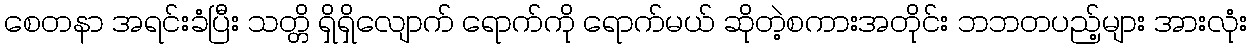
စေတနာ အရင်းခံပြီး သတ္တိ ရှိရှိလျောက် ရောက်ကို ရောက်မယ် ဆိုတဲ့စကားအတိုင်း ဘဘတပည့်များ အားလုံး